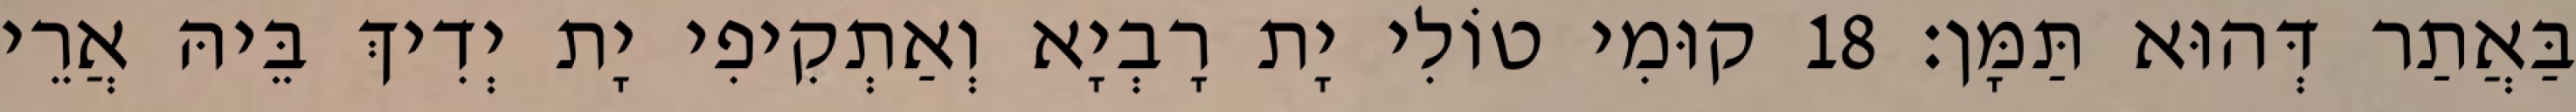
בַּאֲתַר דְּהוּא תַּמָּן׃ 18 קוּמִי טוֹלִי יָת רָבְיָא וְאַתְקִיפִי יָת יְדִיךְ בֵּיהּ אֲרֵי